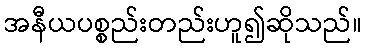
အနီယပစ္စည်းတည်းဟူ၍ဆိုသည်။